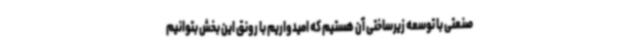
صنعتی با توسعه زیرساختی آن هستیم که امیدواریم با رونق این بخش بتوانیم